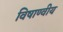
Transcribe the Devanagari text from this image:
विषाण्वीय